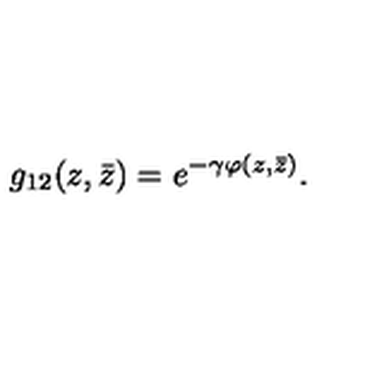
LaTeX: g _ { 1 2 } ( z , \bar { z } ) = e ^ { - \gamma \varphi ( z , \bar { z } ) } .